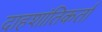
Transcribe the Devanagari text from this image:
दाहशांतिकर्ता